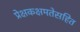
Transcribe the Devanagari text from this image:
प्रेक्षकक्षमतेसहित